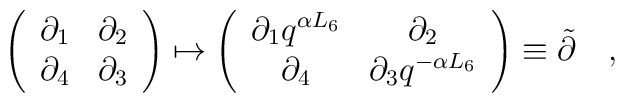
\left( \begin{array}{cc}            \partial_1 & \partial_2 \\                   \partial_4  &  \partial_3             \end{array} \right) \mapsto\left( \begin{array}{cc}            \partial_1 q^{\alpha L_6} & \partial_2 \\             \partial_4 &  \partial_3 q^{- \alpha L_6}             \end{array} \right) \equiv  \tilde{\partial} \quad ,